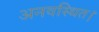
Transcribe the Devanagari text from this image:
अनवस्थित।